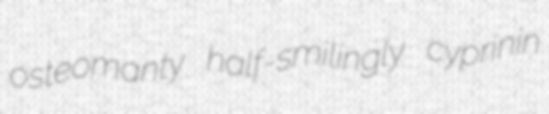
osteomanty half-smilingly cyprinin